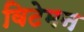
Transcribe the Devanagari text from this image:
विटेमन